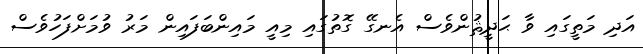
އަދި މަތީގައި ވާ ޙަދީޘުންވެސް އެނގޭ ގޮތުގައި މިއީ މައިންބަފައިން މަރު ވުމަށްފަހުވެސް